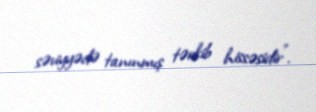
səviyyədə tanınmış tərkib hissəsidir”.